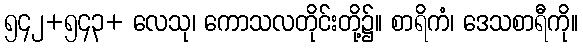
၅၄၂+၅၄၃+ လေသု၊ ကောသလတိုင်းတို့၌။ စာရိကံ၊ ဒေသစာရီကို။